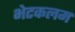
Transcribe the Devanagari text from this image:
भेटकलम